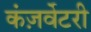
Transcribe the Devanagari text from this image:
कंज़र्वेटरी